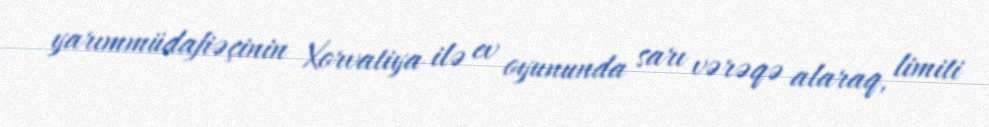
yarımmüdafiəçinin Xorvatiya ilə ev oyununda sarı vərəqə alaraq, limiti